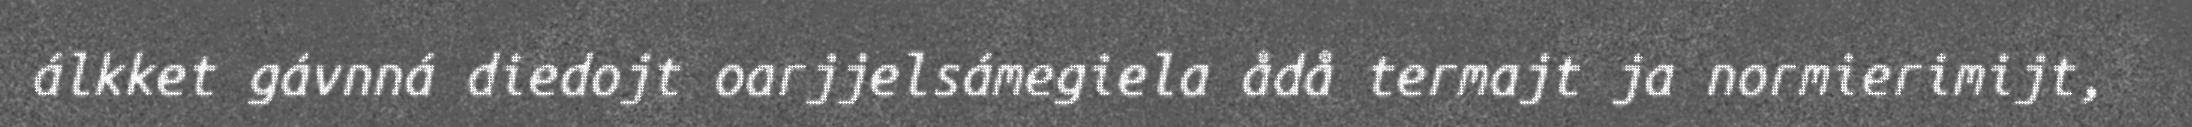
álkket gávnná diedojt oarjjelsámegiela ådå termajt ja normierimijt,